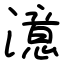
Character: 澺